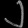
Digit: ၂